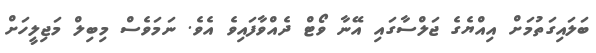
ބަލައިގަތުމަށް އިއްޔެގެ ޖަލްސާގައި އޭނާ ވޯޓް ދެއްވާފައިވެ އެވެ. ނަމަވެސް މިބިލް މަޖިލީހަށް